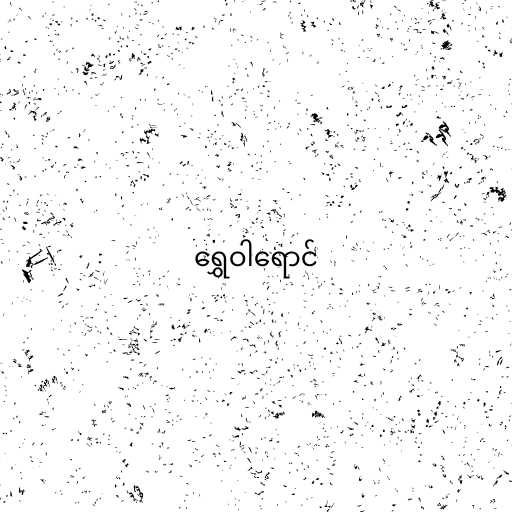
ရွှေဝါရောင်